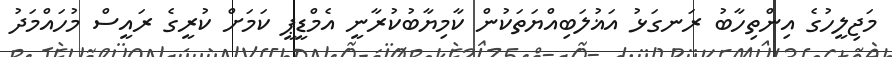
މަޖިލީހުގެ އިންތިހާބު ރަނގަޅު އަޣުލަބިއްޔަތަކުން ކާމިޔާބުކުރާނީ އެމްޑީޕީ ކަމަށް ކުރީގެ ރައީސް މުހައްމަދު